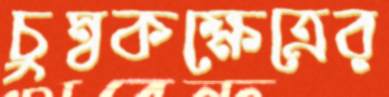
চুম্বকক্ষেত্রের